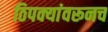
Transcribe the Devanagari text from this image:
ठिपक्यांवरूनच